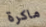
ماكرة